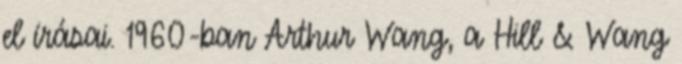
el írásai. 1960-ban Arthur Wang, a Hill & Wang